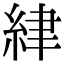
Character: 䋖